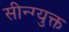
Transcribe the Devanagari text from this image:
सीन्ग्युक्त